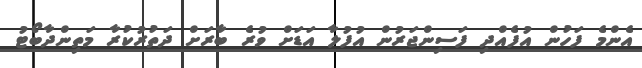
އެންމެ ފަހުން އުފެއްދި ފަސިންޖަރުން އުފުލާ އަޑަށް ވުރެ ބާރަށް ދަތުރުކުރާ މަތިންދާބޯޓު